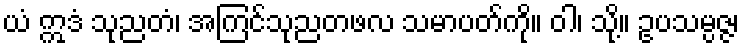
ယံ ဣဒံ သုညတံ၊ အကြင်သုညတဖလ သမာပတ်ကို။ ဝါ၊ သို့။ ဥပသမ္ပဇ္ဇ၊